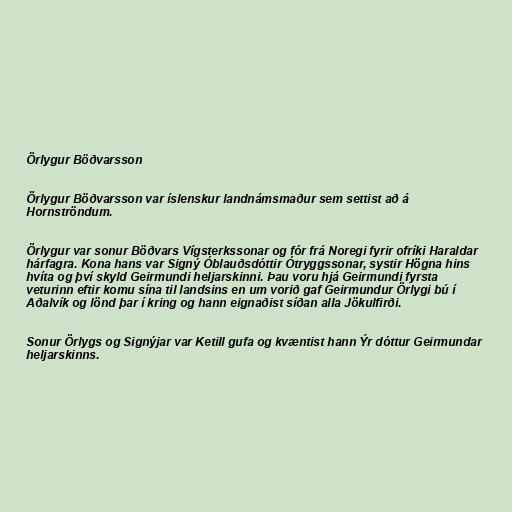
Örlygur Böðvarsson

Örlygur Böðvarsson var íslenskur landnámsmaður sem settist að á
Hornströndum.

Örlygur var sonur Böðvars Vígsterkssonar og fór frá Noregi fyrir ofríki Haraldar
hárfagra. Kona hans var Signý Óblauðsdóttir Ótryggssonar, systir Högna hins
hvíta og því skyld Geirmundi heljarskinni. Þau voru hjá Geirmundi fyrsta
veturinn eftir komu sína til landsins en um vorið gaf Geirmundur Örlygi bú í
Aðalvík og lönd þar í kring og hann eignaðist síðan alla Jökulfirði.

Sonur Örlygs og Signýjar var Ketill gufa og kvæntist hann Ýr dóttur Geirmundar
heljarskinns.